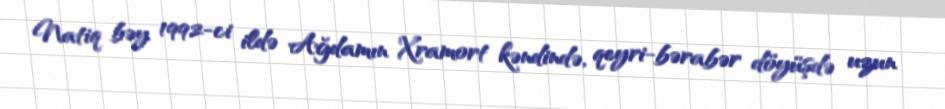
Natiq bəy 1992-ci ildə Ağdamın Xramort kəndində, qeyri-bərabər döyüşdə uzun